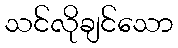
သင်လိုချင်သော